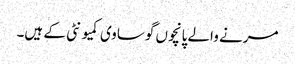
مرنے والے پانچوں گوساوی کمیونٹی کے ہیں۔